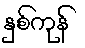
နှစ်ကုန်